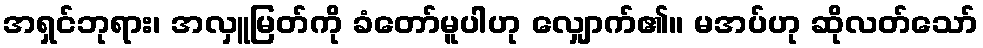
အရှင်ဘုရား၊ အလှူမြတ်ကို ခံတော်မူပါဟု လျှောက်၏။ မအပ်ဟု ဆိုလတ်သော်